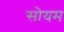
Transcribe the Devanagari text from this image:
सोयम